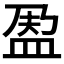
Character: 𱲐